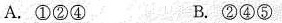
A.①②④ B.②④⑤